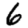
Digit: 6